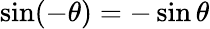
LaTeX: \sin(-\theta)=-\sin\theta